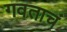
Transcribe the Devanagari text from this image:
गवताचं